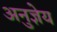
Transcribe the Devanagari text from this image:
अनुज्ञेय